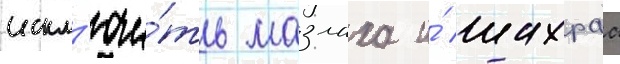
искл'ючи́ть мазлаха и́ шахраа